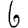
Digit: 6